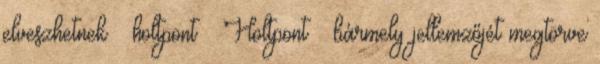
elveszhetnek → holtpont ● Holtpont – bármely jellemzőjét megtörve